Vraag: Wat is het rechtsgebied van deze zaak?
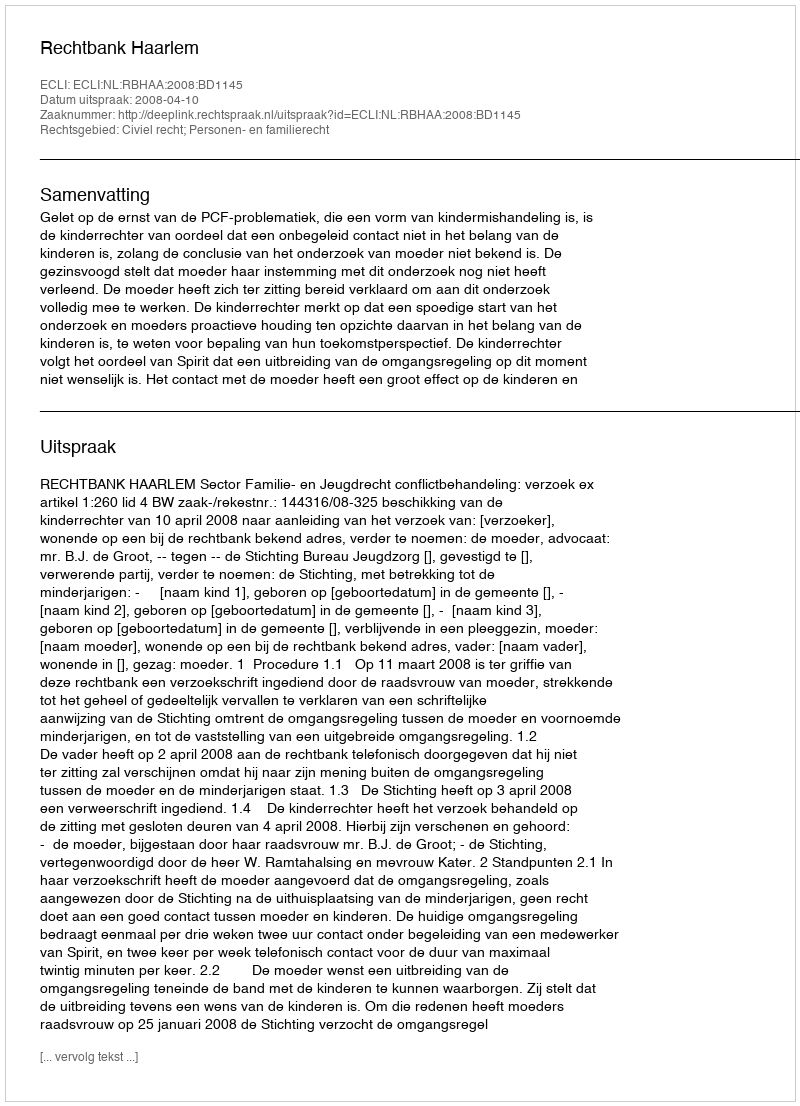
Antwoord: Civiel recht; Personen- en familierecht